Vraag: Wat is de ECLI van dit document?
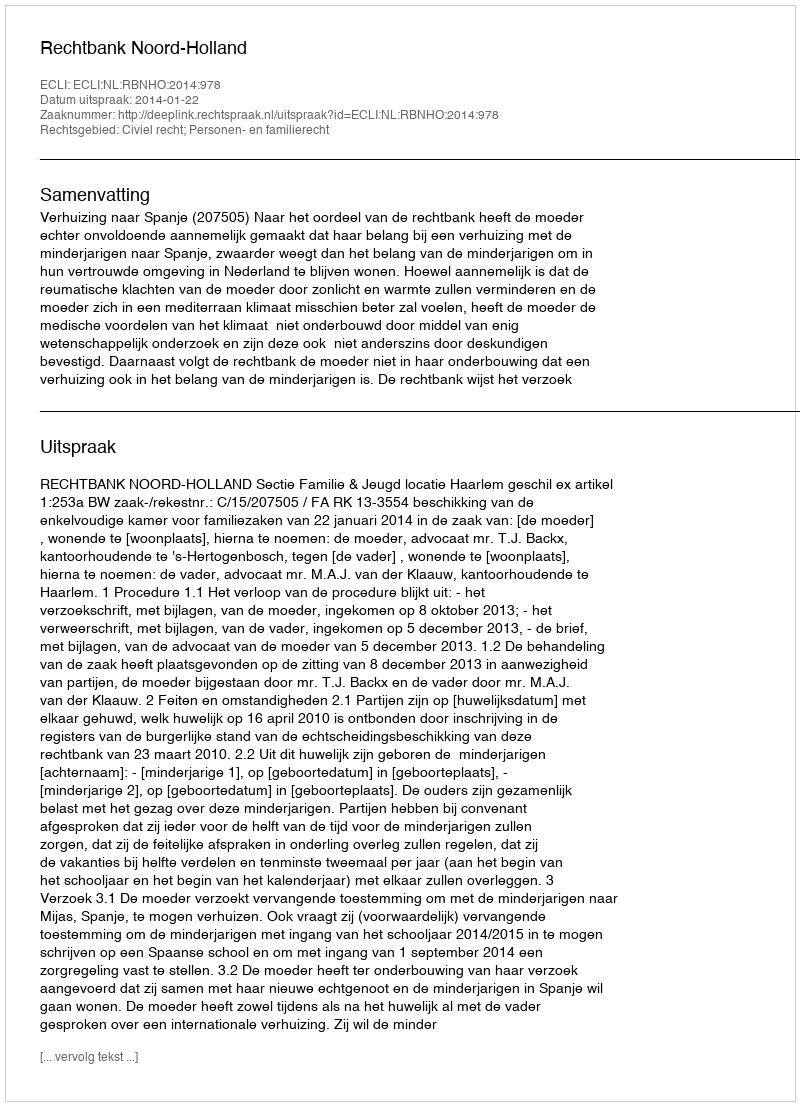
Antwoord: ECLI:NL:RBNHO:2014:978